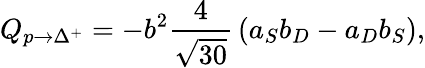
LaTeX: Q_{p\to\Delta^{+}}=-b^{2}{\frac{4}{\sqrt{30}}}\left(a_{S}b_{D}-a_{D}b_{S}\right),